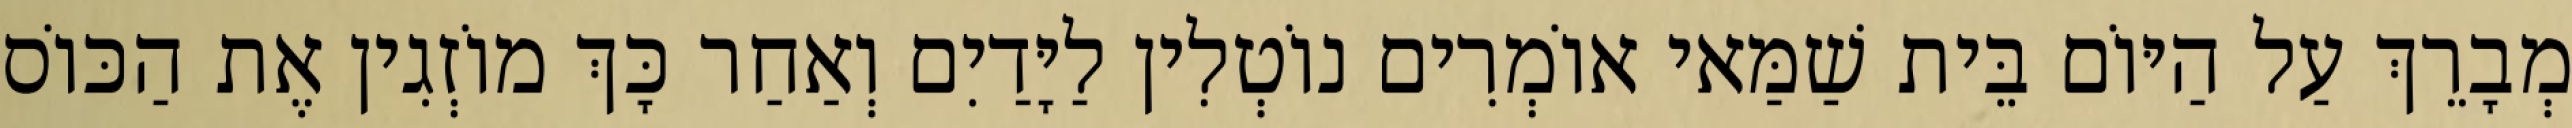
מְבָרֵךְ עַל הַיּוֹם בֵּית שַׁמַּאי אוֹמְרִים נוֹטְלִין לַיָּדַיִם וְאַחַר כָּךְ מוֹזְגִין אֶת הַכּוֹס